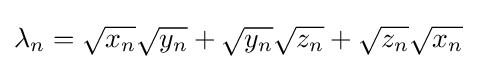
\lambda _{n}={\sqrt {x_{n}}}{\sqrt {y_{n}}}+{\sqrt {y_{n}}}{\sqrt {z_{n}}}+{\sqrt {z_{n}}}{\sqrt {x_{n}}}